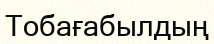
Тобағабылдың